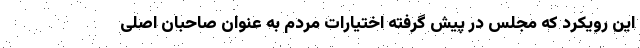
این رویکرد که مجلس در پیش گرفته اختیارات مردم به عنوان صاحبان اصلی